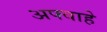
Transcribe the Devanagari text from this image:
अफ्वाहे